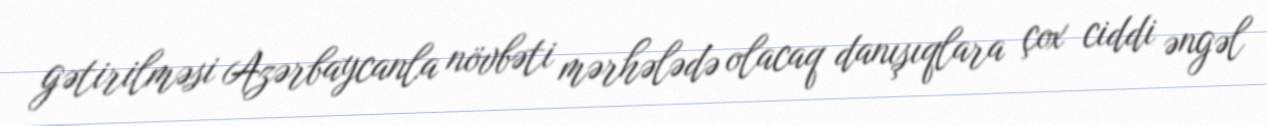
gətirilməsi Azərbaycanla növbəti mərhələdə olacaq danışıqlara çox ciddi əngəl